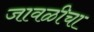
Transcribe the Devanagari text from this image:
जावळीचा